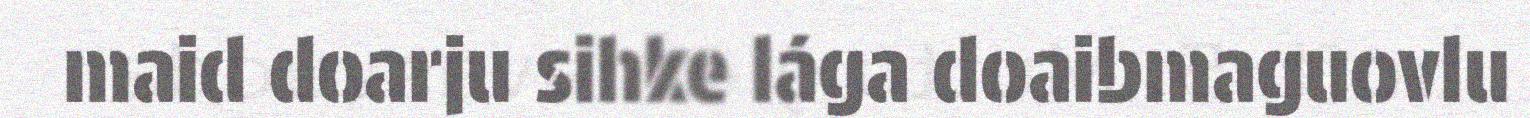
maid doarju sihke lága doaibmaguovlu